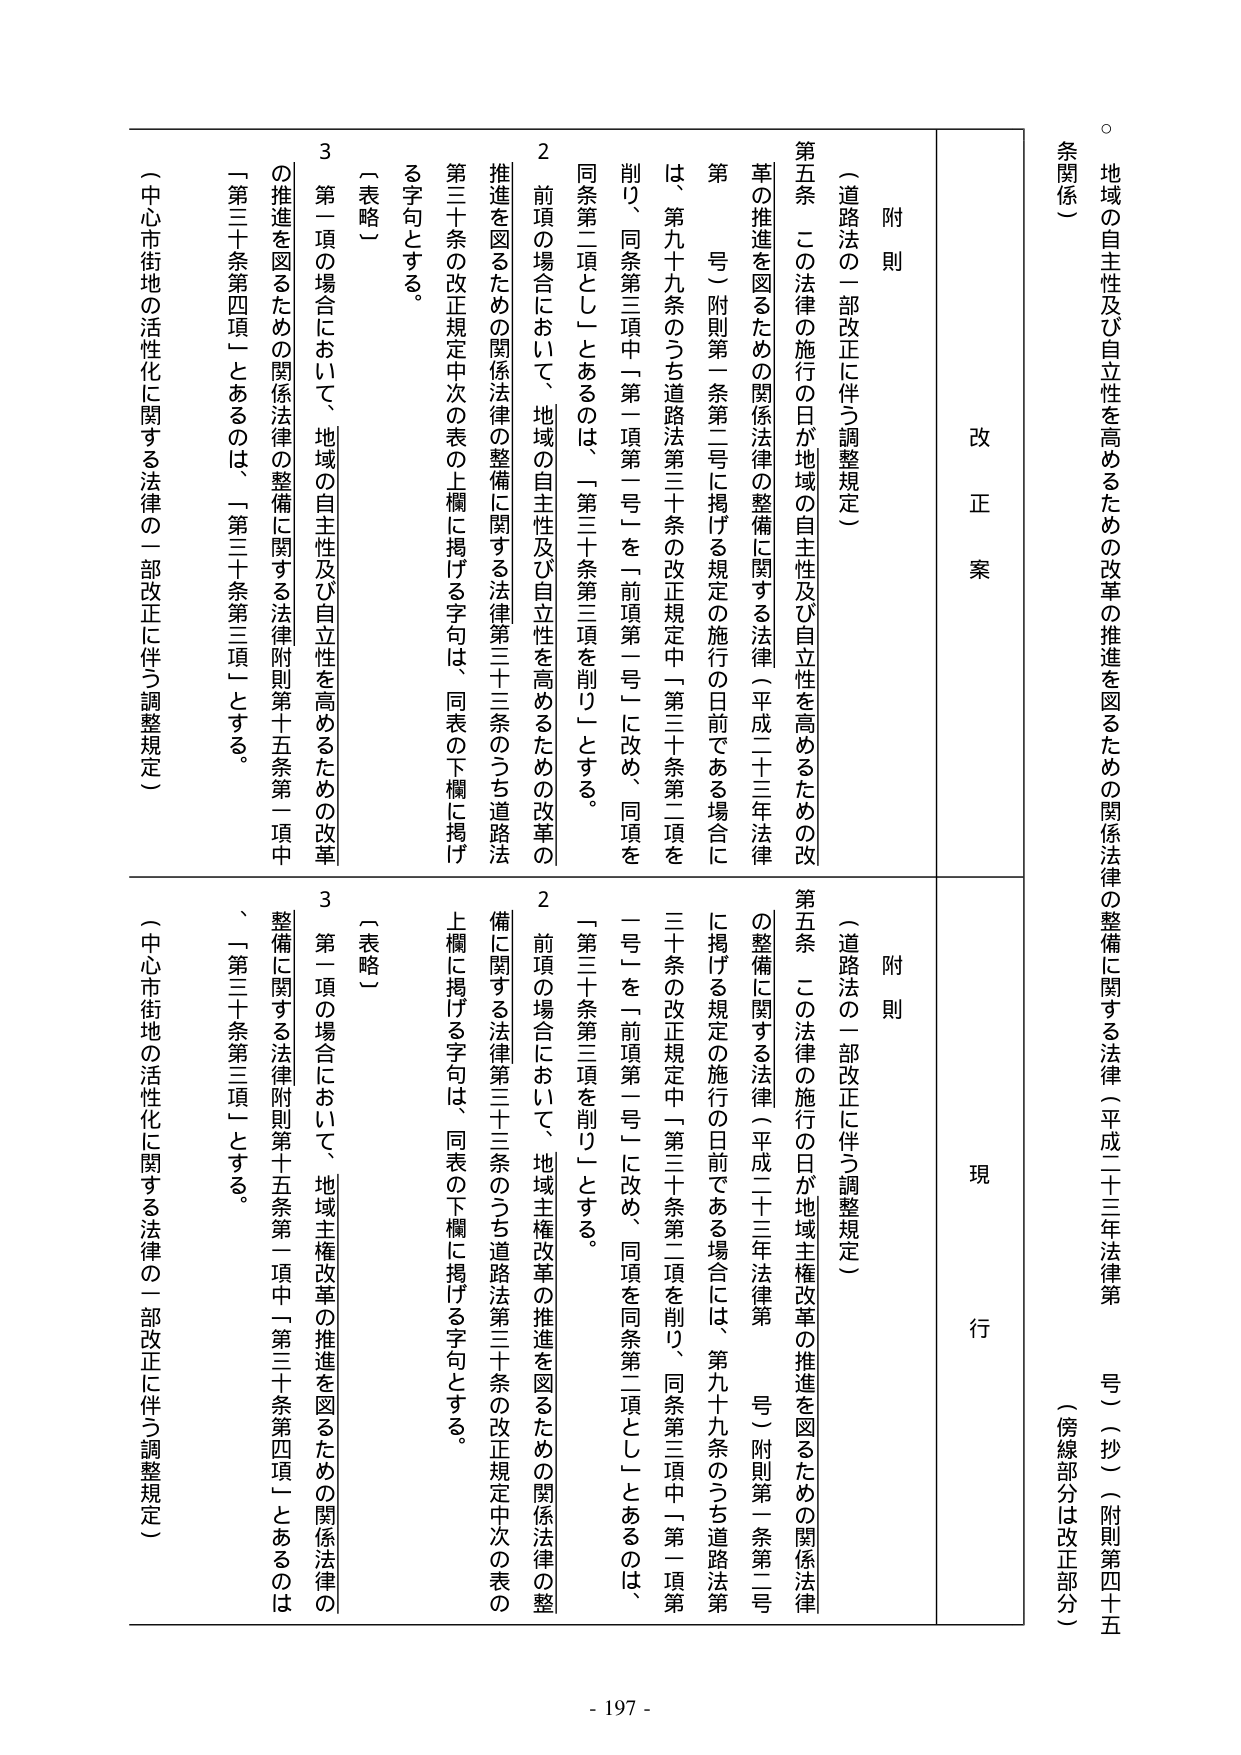
地域の自主性及び自立性を高めるための改革の推進を図るための関係法律の整備に関する法律（平成二十三年法律第　号）（抄）（附則第四十五条関係）

（傍線部分は改正部分）

改正案

附則

（道路法の一部改正に伴う調整規定）

第五条　この法律の施行の日が地域の自主性及び自立性を高めるための改革の推進を図るための関係法律の整備に関する法律（平成二十三年法律第　号）附則第一条第二号に掲げる規定の施行の日前である場合には、第九十九条のうち道路法第三十条の改正規定中「第三十条第二項を削り、同条第三項中「第一項第一号」を「前項第一号」に改め、同項を同条第二項とし」とあるのは、「第三十条第三項を削り」とする。

２　前項の場合において、地域の自主性及び自立性を高めるための改革の推進を図るための関係法律の整備に関する法律第三十三条のうち道路法第三十条の改正規定中次の表の上欄に掲げる字句は、同表の下欄に掲げる字句とする。

〔表略〕

３　第一項の場合において、地域の自主性及び自立性を高めるための改革の推進を図るための関係法律の整備に関する法律附則第十五条第一項中「第三十条第四項」とあるのは、「第三十条第三項」とする。

（中心市街地の活性化に関する法律の一部改正に伴う調整規定）

現行

附則

（道路法の一部改正に伴う調整規定）

第五条　この法律の施行の日が地域主権改革の推進を図るための関係法律の整備に関する法律（平成二十三年法律第　号）附則第一条第二号に掲げる規定の施行の日前である場合には、第九十九条のうち道路法第三十条の改正規定中「第三十条第二項を削り、同条第三項中「第一項第一号」を「前項第一号」に改め、同項を同条第二項とし」とあるのは、「第三十条第三項を削り」とする。

２　前項の場合において、地域主権改革の推進を図るための関係法律の整備に関する法律第三十三条のうち道路法第三十条の改正規定中次の表の上欄に掲げる字句は、同表の下欄に掲げる字句とする。

〔表略〕

３　第一項の場合において、地域主権改革の推進を図るための関係法律の整備に関する法律附則第十五条第一項中「第三十条第四項」とあるのは、「第三十条第三項」とする。

（中心市街地の活性化に関する法律の一部改正に伴う調整規定）

- 197 -